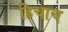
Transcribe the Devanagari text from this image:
हिचाच